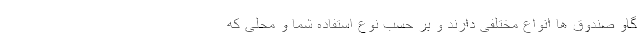
گاو صندوق ­ها انواع مختلفی دارند و بر حسب نوع استفاده شما و محلی که